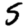
Digit: 5